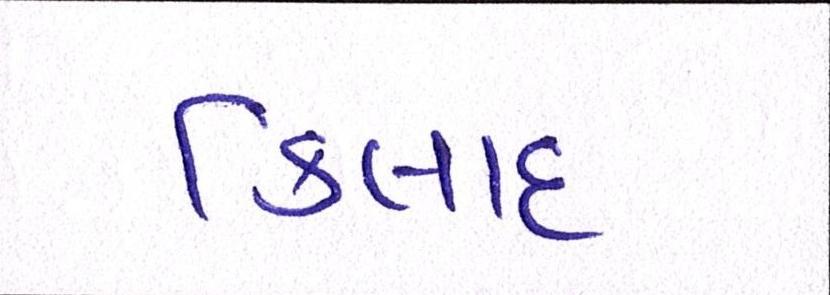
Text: કિલાદ